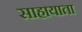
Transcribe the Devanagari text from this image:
साहायाता